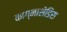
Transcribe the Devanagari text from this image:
काग्नासेंडिस